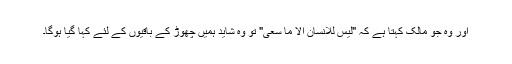
اور وہ جو مالک کہتا ہے کہ "لیس للانسان الا ما سعی" تو وہ شاید ہمیں چھوڑ کے باقیوں کے لئے کہا گیا ہوگا۔